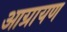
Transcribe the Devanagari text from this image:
आग्रायण